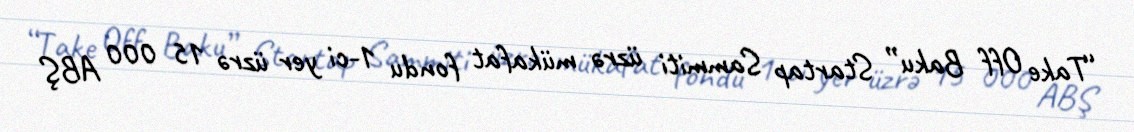
“Take Off Baku” Startap Sammiti üzrə mükafat fondu 1-ci yer üzrə 15 000 ABŞ